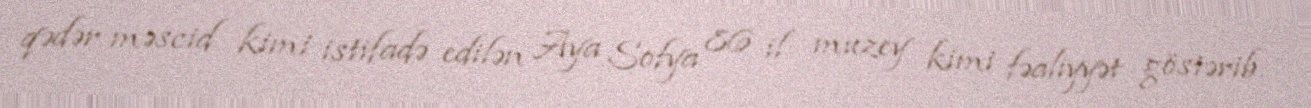
qədər məscid kimi istifadə edilən Aya Sofya 86 il muzey kimi fəaliyyət göstərib.